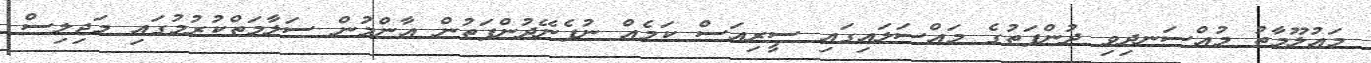
މައުލޫމާތު މުއްސަނދިވި ދުންފަތުގެ މައްސަލައިގައި ސީރިއަސް ކަމެއް ނުފެނޭދުންފަތުން އާންމުން ސަލާމަތްކުރުމުގައި މަޖިލިސް